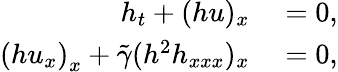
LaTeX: \begin{array}{rl}{h_{t}+(hu)_{x}}&{{}=0,}\\ {\left(hu_{x}\right)_{x}+\tilde{\gamma}(h^{2}h_{xxx})_{x}}&{{}=0,}\end{array}